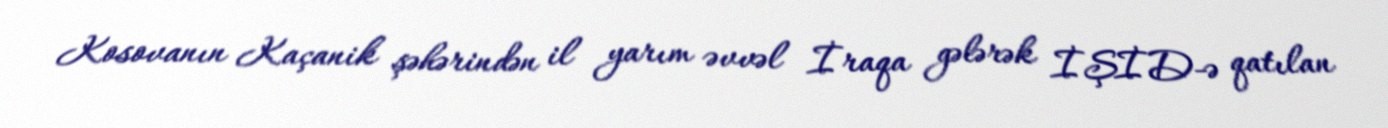
Kosovanın Kaçanik şəhərindən il yarım əvvəl İraqa gələrək İŞİD-ə qatılan